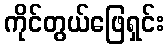
ကိုင်တွယ်ဖြေရှင်း